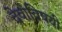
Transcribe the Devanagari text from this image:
देवांविषयी